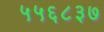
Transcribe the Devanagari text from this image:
५५६८३७